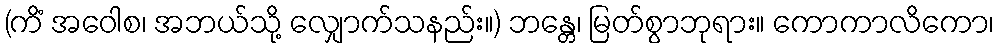
(ကိံ အဝေါစ၊ အဘယ်သို့ လျှောက်သနည်း။) ဘန္တေ၊ မြတ်စွာဘုရား။ ကောကာလိကော၊